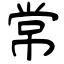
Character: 常